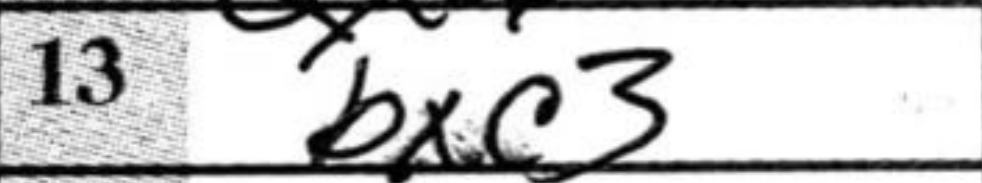
Transcription: bxc3